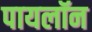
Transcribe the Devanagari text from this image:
पायलॉन